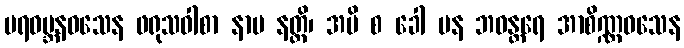
ပရဝမ္ဘနဝသေန ဖရုသဝါစာ နာမ နတ္ထိ၊ အပိ စ ခေါ ပန ဘဝန္တရေ အာစိဏ္ဏဝသေန